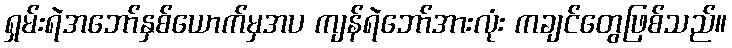
ရှမ်းရဲအဘော်နှစ်ယောက်မှအပ ကျန်ရဲဘော်အားလုံး ကချင်တွေဖြစ်သည်။